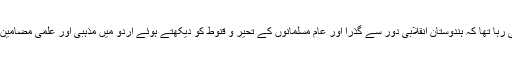
اس کے بعد ابن حبان کی تصانیف اورالالزامات علی الصحیحین للدار قطنی پر کام کرہی رہا تھا کہ ہندوستان انقلابی دور سے گذرا اور عام مسلمانوں کے تحیر و قنوط کو دیکھتے ہوئے اردو میں مذہبی اور علمی مضامین کے ذریعہ مسلمانوں کو اسلامی تعلیمات سے روشناس کرانا وقت کا اہم تقاضہ ہوگیا۔